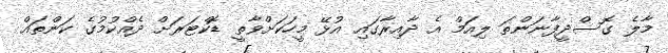
މާލެ ގޮސްދީފާނަންތަ ލިއަމް އެ ދާއިރާގައި އުޅޭ މީހަކަށްވާތީ ޑޮކްޓަރަށް ދެއްކުމުގެ ކަންތައް